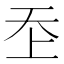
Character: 𡗶